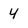
Character: 4